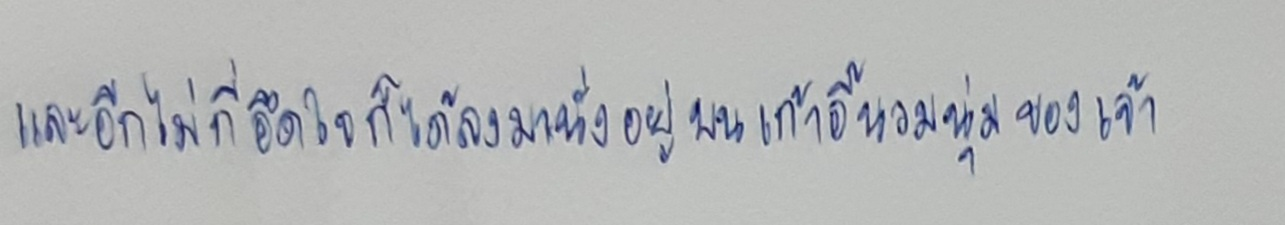
และอีกไม่กี่อึดใจก็ได้ลงมานั่งอยู่บนเก้าอี้นวมนุ่มของเจ้า